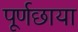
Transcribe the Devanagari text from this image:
पूर्णछाया